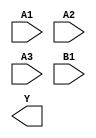
module sky130_fd_sc_ms__o31ai (
    //# {{data|Data Signals}}
    input  A1,
    input  A2,
    input  A3,
    input  B1,
    output Y
);

    // Voltage supply signals
    supply1 VPWR;
    supply0 VGND;
    supply1 VPB ;
    supply0 VNB ;

endmodule